Scottish Leaving Certificate Examination, 1961
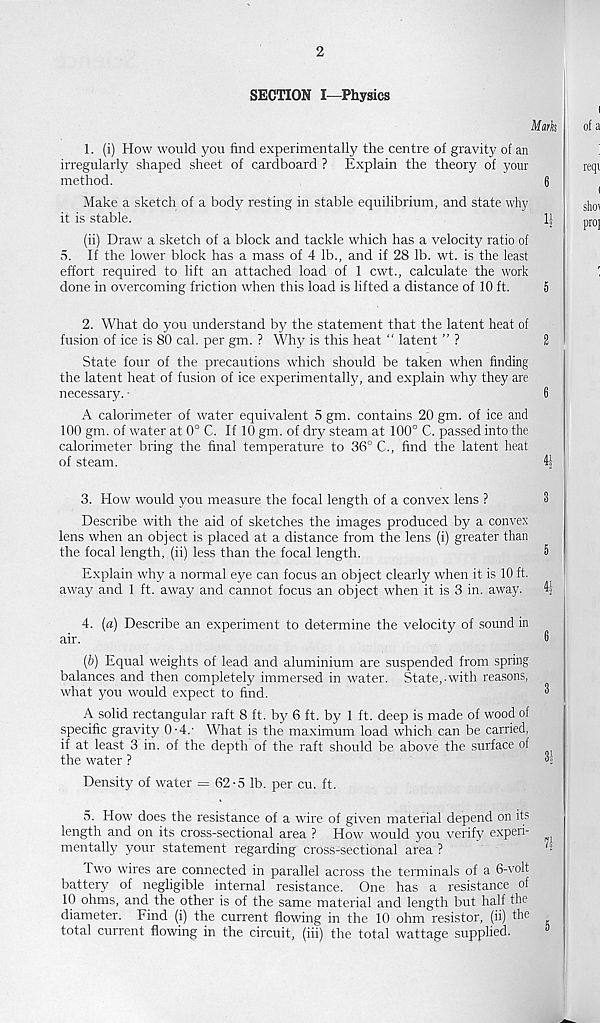
2
SECTION I—Physics
1. (i) How would you find experimentally the centre of gravity of an
irregularly shaped sheet of cardboard ? Explain the theory of your
method.
6
Make a sketch of a body resting in stable equilibrium, and state why
it is stable.
1J
(ii) Draw' a sketch of a block and tackle which has a velocitj' ratio of
5. If the lower block has a mass of 4 lb., and if 28 lb. wt. is the least
effort required to lift an attached load of 1 cwt., calculate the work
done in overcoming friction when this load is lifted a distance of 10 ft.
5
2. What do you understand by the statement that the latent heat of
fusion of ice is 80 cal. per gm. ? Why is this heat “ latent ” ?
2
State four of the precautions which should be taken wdien finding
the latent heat of fusion of ice experimentally, and explain why they are
necessary. •
6
A calorimeter of water equivalent 5 gm. contains 20 gm. of ice and
100 gm. of water at 0° C. If 10 gm. of dry steam at 100° C. passed into the
calorimeter bring the final temperature to 36° C., find the latent heat
of steam.
41
3. How would you measure the focal length of a convex lens ?
Describe with the aid of sketches the images produced by a convex
lens w'hen an object is placed at a distance from the lens (i) greater than
the focal length, (ii) less than the focal length.
5
Explain why a normal eye can focus an object clearly when it is 10 ft.
away and 1 ft. away and cannot focus an object when it is 3 in. away. 41
4. (a) Describe an experiment to determine the velocity of sound in
air.
6
(&) Equal weights of lead and aluminium are suspended from spring
balances and then completely immersed in water. State,-with reasons,
what you would expect to find.
3
A solid rectangular raft 8 ft. by 6 ft. by 1 ft. deep is made of wood of
specific gravity 0'4.- What is the maximum load which can be carried,
if at least 3 in. of the depth of the raft should be above the surface of
the water ?
Density of water = 62-5 lb. per cu. ft.
5. How' does the resistance of a wire of given material depend on its
length and on its cross-sectional area ? How would you verify experi-
mentally your statement regarding cross-sectional area ?
I wo wires are connected in parallel across the terminals of a 6-volt
battery of negligible internal resistance. One has a resistance of
10 ohms, and the other is of the same material and length but half the
diameter. Find (i) the current flowing in the 10 ohm resistor, (ii) the
total current flowing in the circuit, (iii) the total wattage supplied.